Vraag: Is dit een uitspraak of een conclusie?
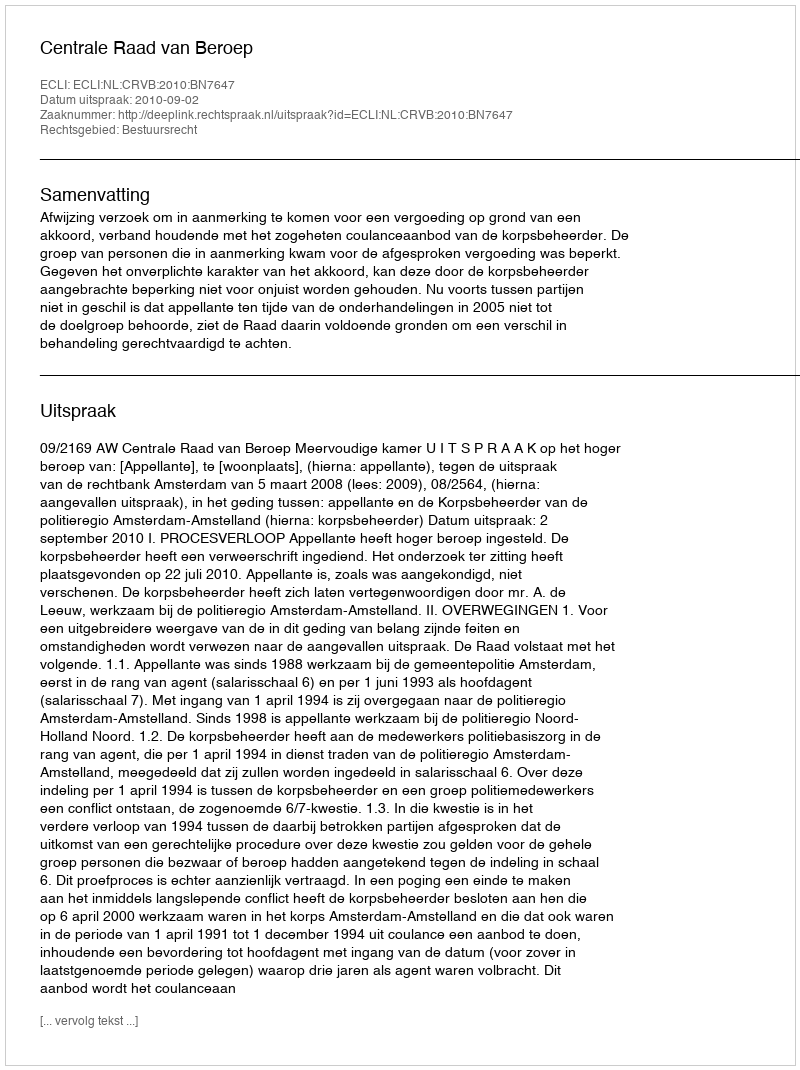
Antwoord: Uitspraak